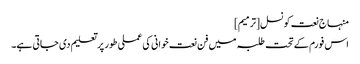
منہاج نعت کونسل[ترمیم]
اس فورم کے تحت طلبہ میں فن نعت خوانی کی عملی طور پر تعلیم دی جاتی ہے۔